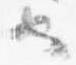
也